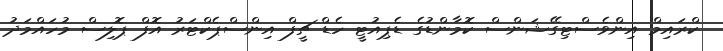
ކްރައިމް އިންވެސްޓިގޭޝަންސް ކޮމާންޑުގެ ޑެޕިއުޓީ ހެޑް ޗީފް އިންސްޕެކްޓަރު އޮފް ޕޮލިސް މުހައްމަދު